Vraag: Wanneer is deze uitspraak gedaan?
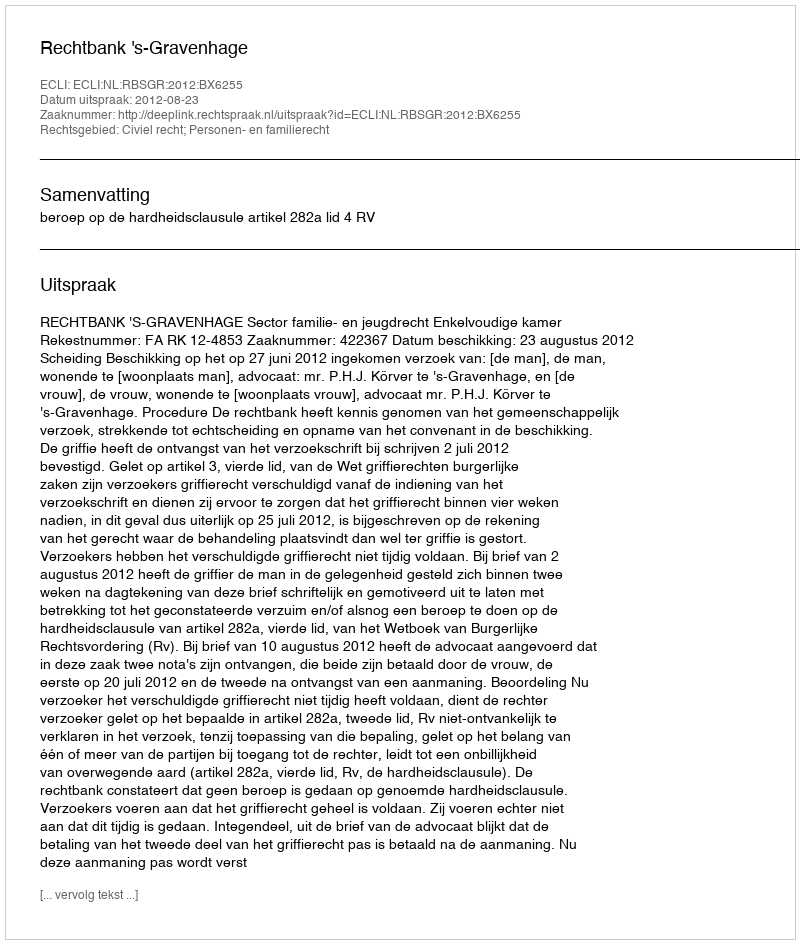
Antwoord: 2012-08-23